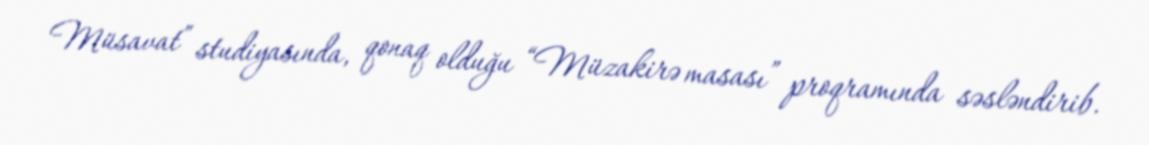
Müsavat” studiyasında, qonaq olduğu “Müzakirə masası” proqramında səsləndirib.